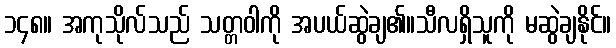
၁၄၈။ အကုသိုလ်သည် သတ္တဝါကို အပယ်ဆွဲချ၏။သီလရှိသူကို မဆွဲချနိုင်။